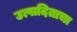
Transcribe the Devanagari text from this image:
उत्पादिताचा